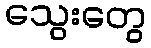
သွေးတွေ